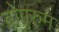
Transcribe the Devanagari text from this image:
बोएरुम